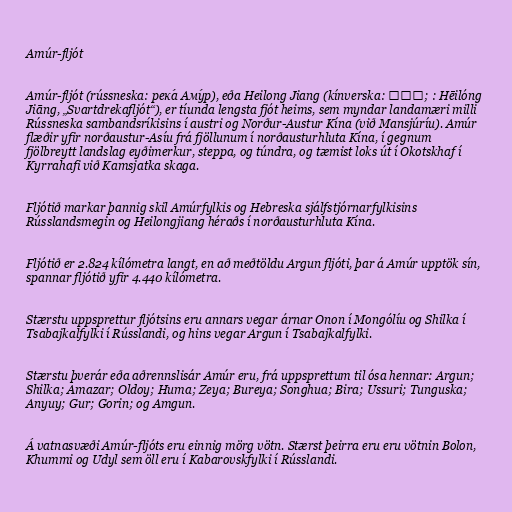
Amúr-fljót

Amúr-fljót (rússneska: река́ Аму́р), eða Heilong Jiang (kínverska: 黑龙江; : Hēilóng
Jiāng, „Svartdrekafljót“), er tíunda lengsta fjót heims, sem myndar landamæri milli
Rússneska sambandsríkisins í austri og Norður-Austur Kína (við Mansjúríu). Amúr
flæðir yfir norðaustur-Asíu frá fjöllunum í norðausturhluta Kína, í gegnum
fjölbreytt landslag eyðimerkur, steppa, og túndra, og tæmist loks út í Okotskhaf í
Kyrrahafi við Kamsjatka skaga.

Fljótið markar þannig skil Amúrfylkis og Hebreska sjálfstjórnarfylkisins
Rússlandsmegin og Heilongjiang héraðs í norðausturhluta Kína.

Fljótið er 2.824 kílómetra langt, en að meðtöldu Argun fljóti, þar á Amúr upptök sín,
spannar fljótið yfir 4.440 kílómetra.

Stærstu uppsprettur fljótsins eru annars vegar árnar Onon í Mongólíu og Shilka í
Tsabajkalfylki í Rússlandi, og hins vegar Argun í Tsabajkalfylki.

Stærstu þverár eða aðrennslisár Amúr eru, frá uppsprettum til ósa hennar: Argun;
Shilka; Amazar; Oldoy; Huma; Zeya; Bureya; Songhua; Bira; Ussuri; Tunguska;
Anyuy; Gur; Gorin; og Amgun.

Á vatnasvæði Amúr-fljóts eru einnig mörg vötn. Stærst þeirra eru eru vötnin Bolon,
Khummi og Udyl sem öll eru í Kabarovskfylki í Rússlandi.